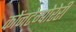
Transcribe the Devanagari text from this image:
कोंनटेम्पोरेरी